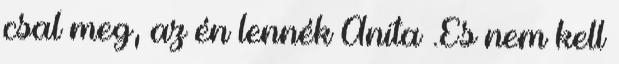
csal meg, az én lennék Anita .És nem kell